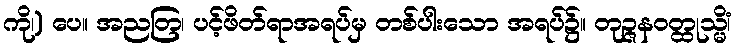
ကို၊) ပေ။ အညတြ၊ ပင့်ဖိတ်ရာအရပ်မှ တစ်ပါးသော အရပ်၌။ တုဉ္ဇနဝတ္ထုသ္မိံ၊